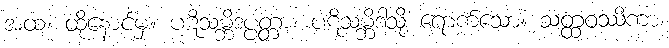
အထ၊ ထိုနောင်မှ။ ပဋိသမ္ဘိဒပ္ပတ္တာ၊ ပဋိသမ္ဘိဒါသို့ ရောက်သော။ သတ္ထဝဿိကာ၊